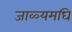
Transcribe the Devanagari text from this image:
जाळ्यमघि